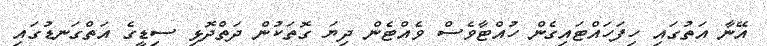
އޭނާ އަތުގައި ހިފަހައްޓައިގެން ހުއްޓާވެސް ވެއްޓެން ދިޔަ ގޮތަކުން ދަތްދޮޅި ސިޑީގެ އަތްގަނޑުގައި